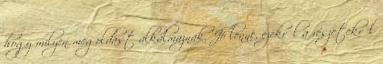
hogy milyen megoldást alkalmaznak. Jó lenne, ezekről a részetekről